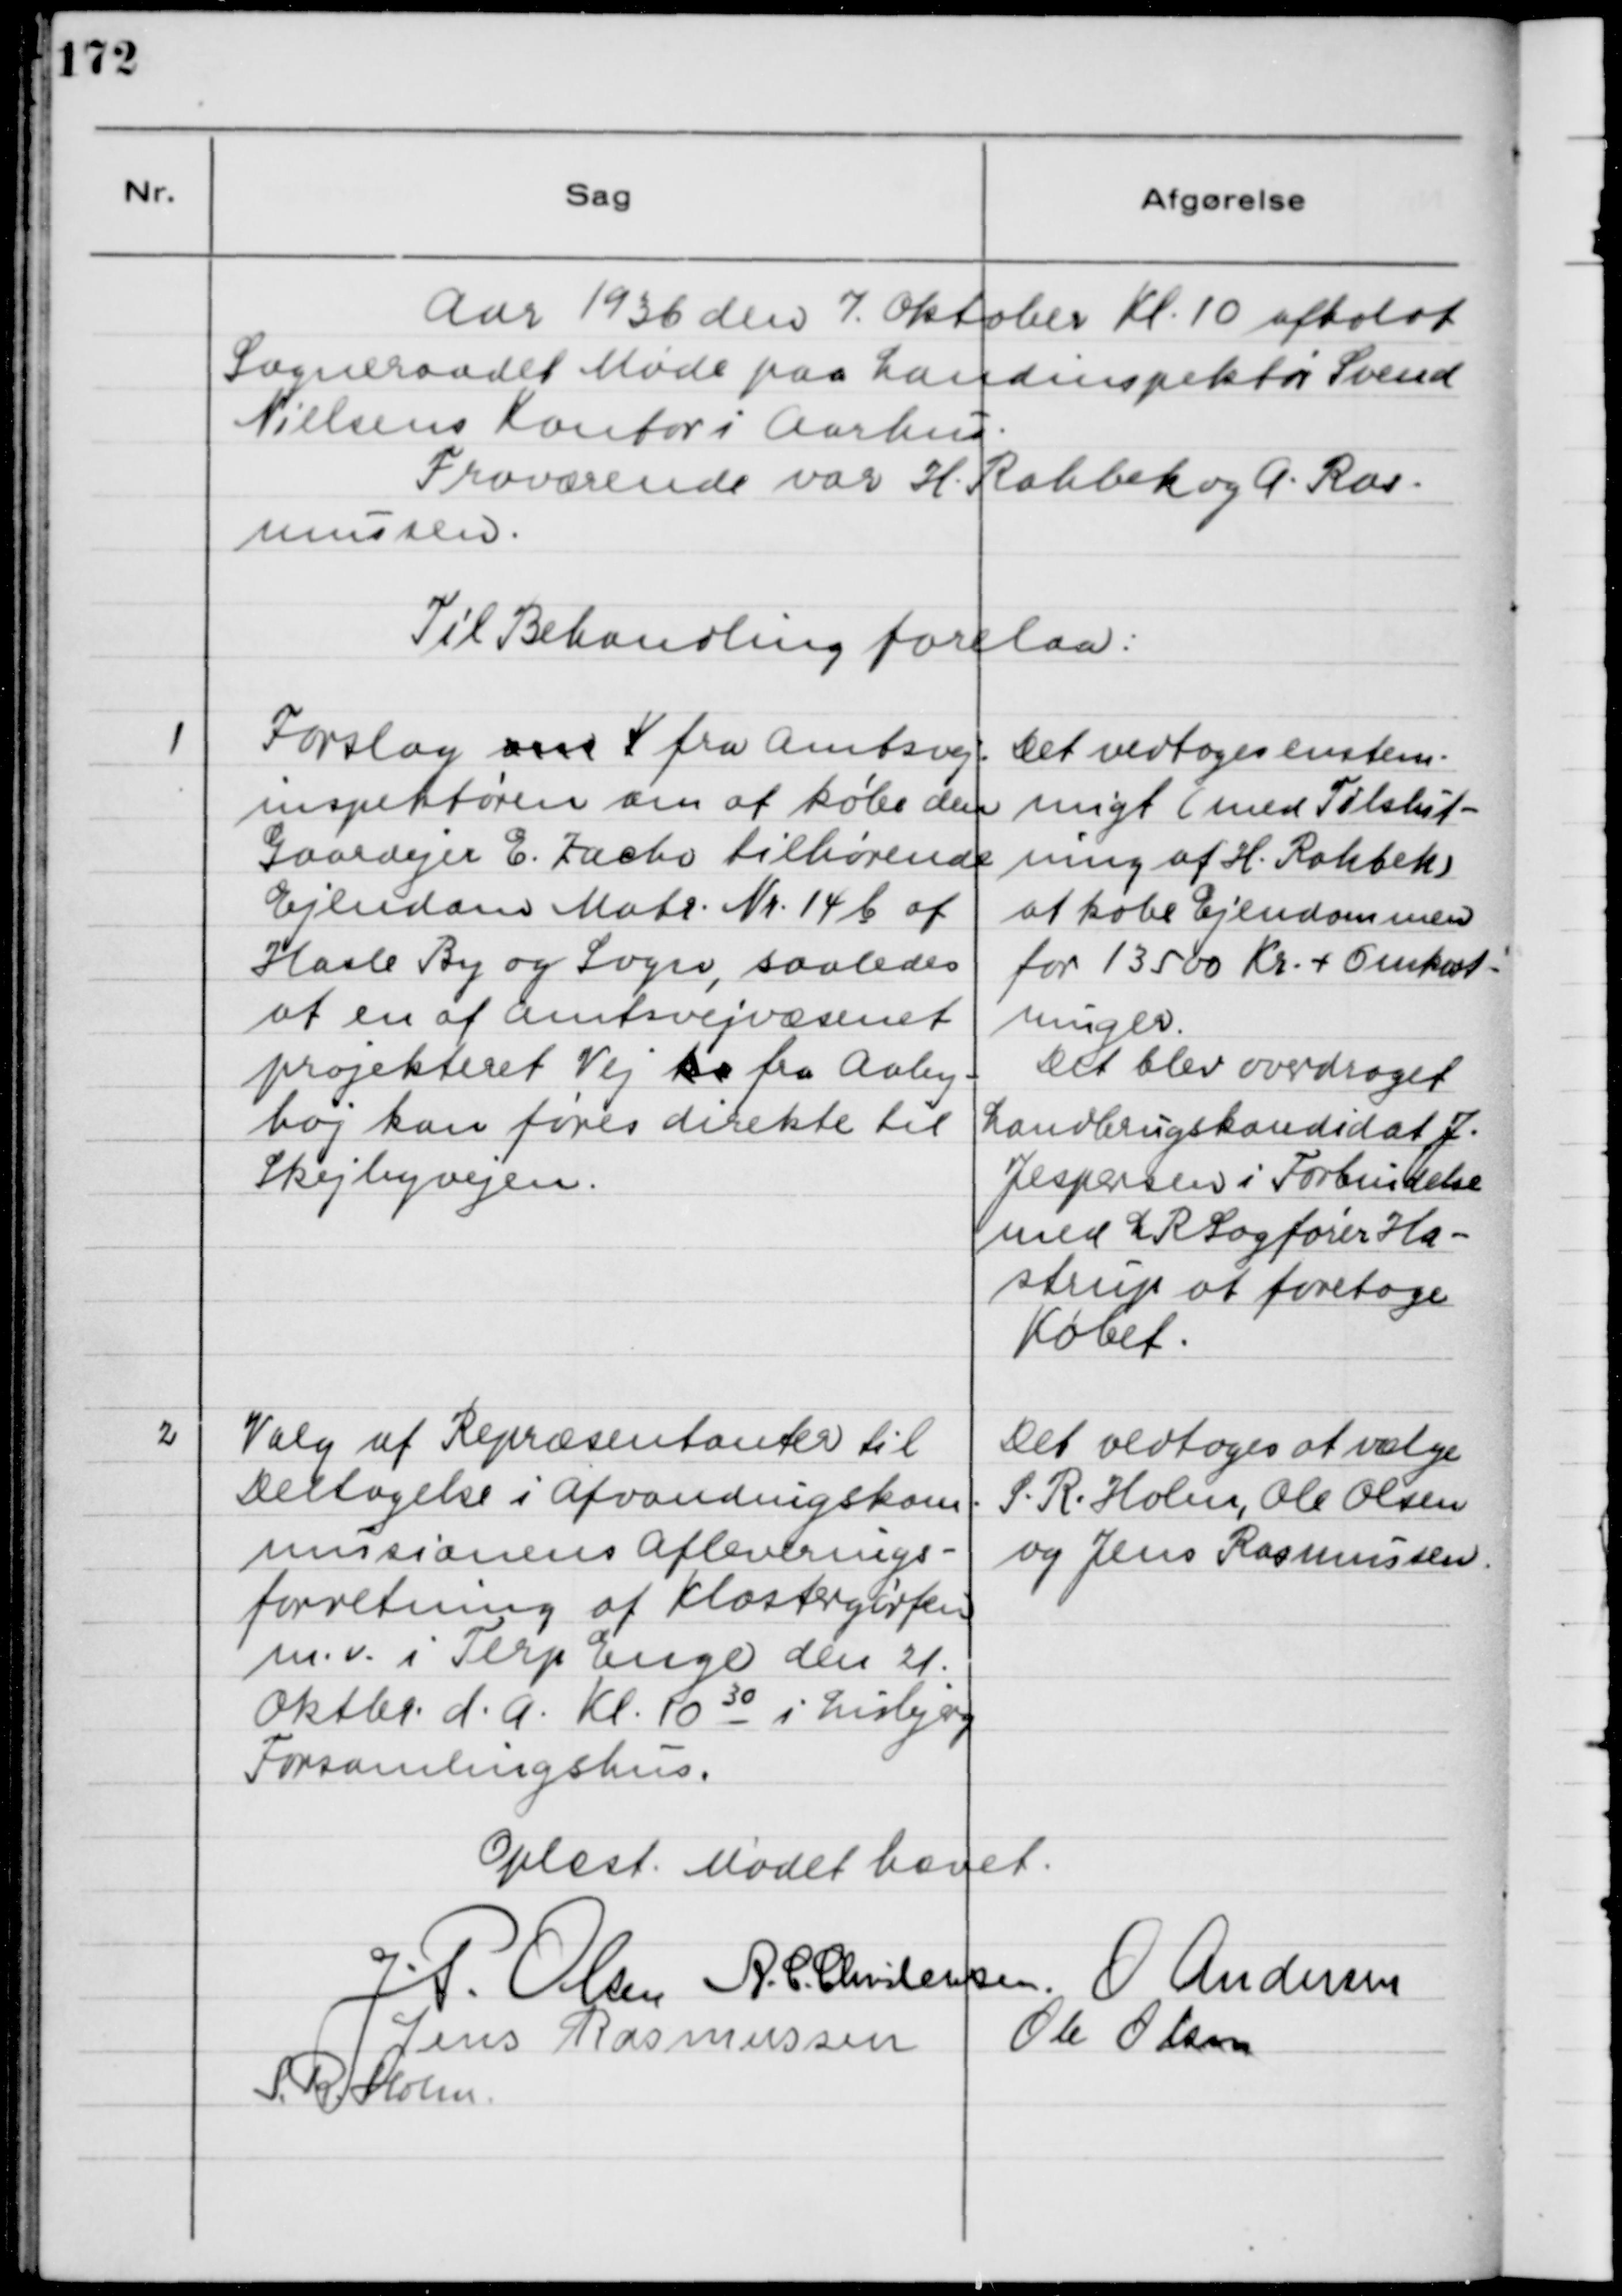
Transskription:
Aar 1936 den 7. Oktober Kl. 10 afholdt
Sogneraadet Møde paa Landinspektør Svend
Nielsens Kontor i Aarhus.
Fraværende var H. Rahbek og A. Ras-
mussen.
Til Behandling forelaa:
1
Forslag om V fra Amtsvej-
inspektøren om at købe den
Gaardejer E. Kacbo tilhørende
Ejendom Matr. Nr. 14 b af 
Hasle By og Sogn, saaledes
at en af Amtsvejvæsenet
projekteret Vej ka fra Aaby-
høj kan føres direkte til
Skejbyvejen.
Det vedtoges enstem-
migt (med Tilslut-
ning af H. Rahbek)
at købe Ejendommen
for 13500 Kr. + Omkost-
ninger
Det blev overdraget
Landbrugskandidat J.
Jespersen i Forbindelse
med LRSagfører Ha-
strup at foretage
købet.
2
Valg af Repræsentanter til
Deltagelse i Afvandingskom-
missionens Afleverings
forretning af Klostergrøfen
m.v. i Terp Enge den 21.
Oktbr. d.A. Kl. 10 30 i Lisbjerg
Forsamlingshus.
Det vedtoges at vælge
S.R. Holm, Ole Olsen
og Jens Rasmussen.
Oplæst. Mødet hævet.
J.P. Olsen
A.C. Christensen
O. Andersen
Jens Rasmussen
Ole Olsen
S. R. Holm